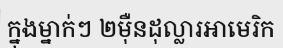
ក្នុងម្នាក់ៗ ២ម៉ឺនដុល្លារអាមេរិក